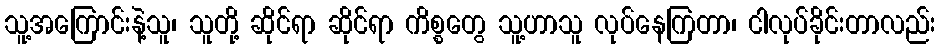
သူ့အကြောင်းနဲ့သူ၊ သူတို့ ဆိုင်ရာ ဆိုင်ရာ ကိစ္စတွေ သူ့ဟာသူ လုပ်နေကြတာ၊ ငါလုပ်ခိုင်းတာလည်း